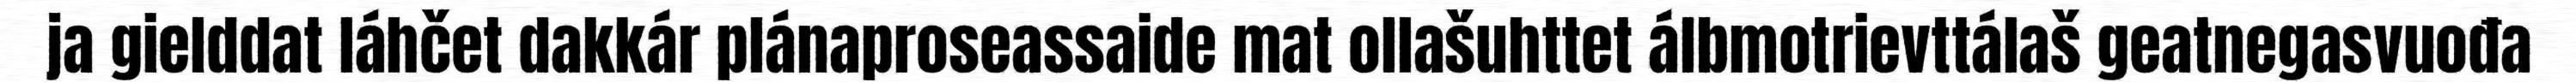
ja gielddat láhčet dakkár plánaproseassaide mat ollašuhttet álbmotrievttálaš geatnegasvuođa